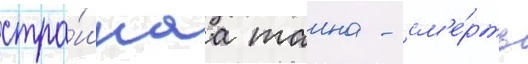
стра́шнаа таина - см'е́рть